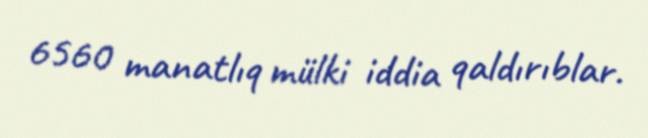
6560 manatlıq mülki iddia qaldırıblar.